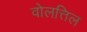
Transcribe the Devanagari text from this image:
वोलत्तिल